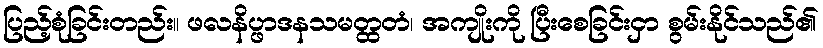
ပြည့်စုံခြင်းတည်း။ ဖလနိပ္ဖာဒနသမတ္ထတံ၊ အကျိုးကို ပြီးစေခြင်းငှာ စွမ်းနိုင်သည်၏